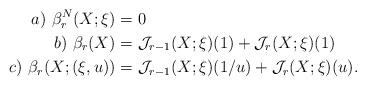
LaTeX: \begin{align*}\begin{aligned}a)\ \beta^N_r(X;\xi)= \ &0 \\b)\ \beta_r(X) =\ & \mathcal J_{r-1}(X; \xi)(1) + \mathcal J_r(X; \xi)(1) \\c)\ \beta_r(X;(\xi,u)) =\ & \mathcal J_{r-1}(X; \xi)(1/u) + \mathcal J_r(X; \xi)(u). \end{aligned}\end{align*}